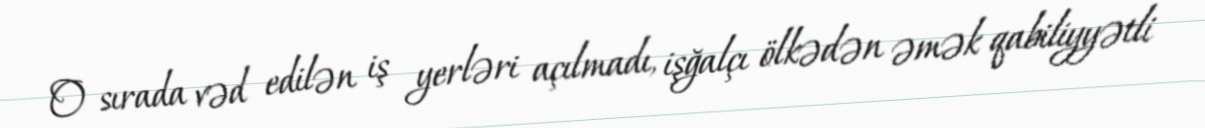
O sırada vəd edilən iş yerləri açılmadı, işğalçı ölkədən əmək qabiliyyətli